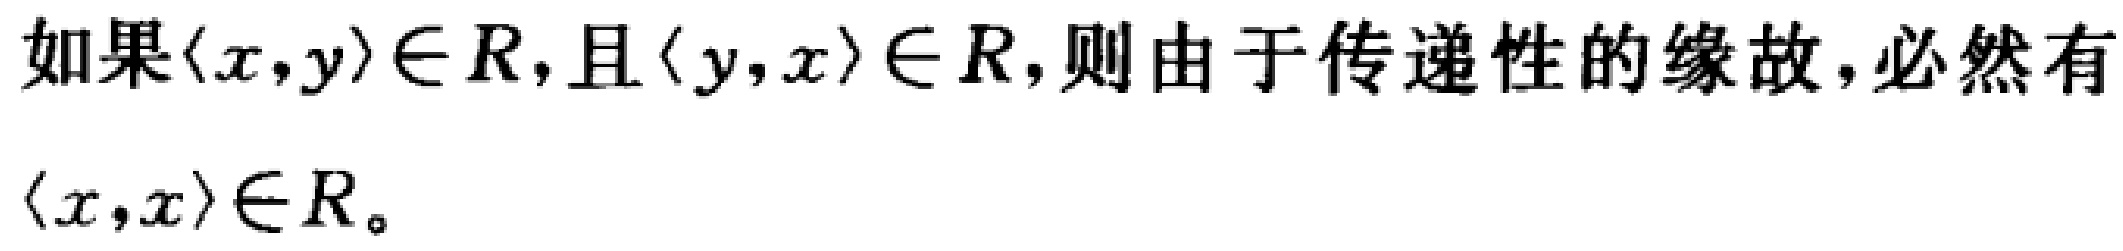
如果$\langle x,y\rangle\in R$,且$\langle y,x\rangle\in R$,则由于传递性的缘故, 必然有$\langle x,x\rangle\in R$。